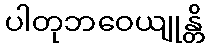
ပါတုဘဝေယျုန္တိ